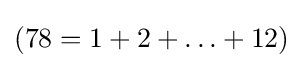
(78=1+2+\ldots +12)